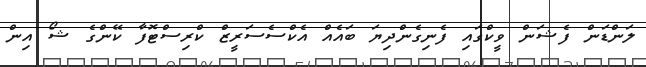
ލަންޑަން ފެޝަން ވީކްގައި ފެނިގެންދިޔަ ބައެއް އެކްސެސަރީޒް ކްރިސްޓޮފާ ކޭންގެ ޝޯ އިން